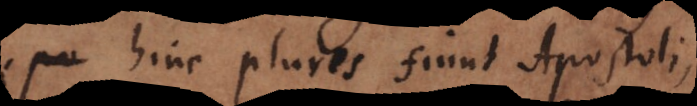
hinc plures fiunt Apostoli,